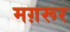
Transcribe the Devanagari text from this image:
मग़रूर